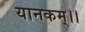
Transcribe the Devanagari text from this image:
यानकम्।।